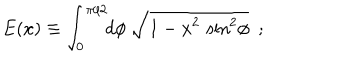
LaTeX: E ( x ) \equiv \int _ { 0 } ^ { \pi / 2 } \! \! d \phi ~ \sqrt { 1 - x ^ { 2 } \, \sin ^ { 2 } \! \phi } ~ ~ ;